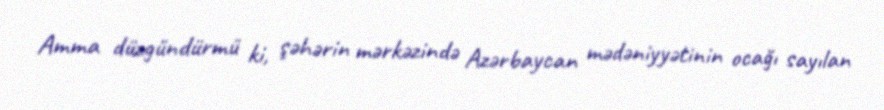
Amma düzgündürmü ki, şəhərin mərkəzində Azərbaycan mədəniyyətinin ocağı sayılan